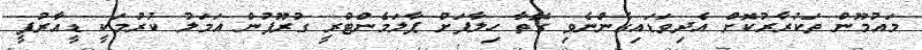
މައުމޫން ތަކުރާރުކޮށް އެދިވަޑައިގެންނެވި ގޮތާ ހިލާފަށް ޕާލަމެންޓްރީ ގުރޫޕުން އަމަލު ކުރުމަކީ ޑީއާރުޕީ